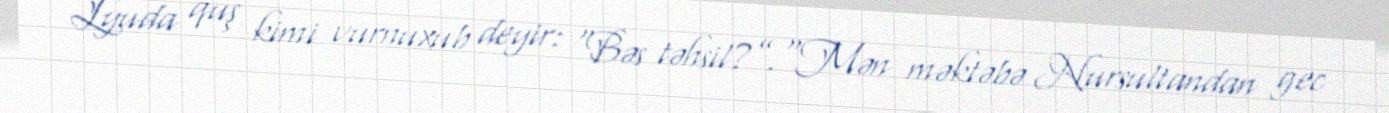
Lyuda quş kimi vurnuxub deyir: “Bəs təhsil?”.“Mən məktəbə Nursultandan gec